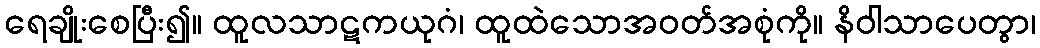
ရေချိုးစေပြီး၍။ ထူလသာဋကယုဂံ၊ ထူထဲသောအဝတ်အစုံကို။ နိဝါသာပေတွာ၊